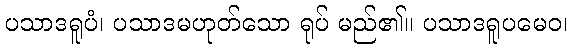
ပသာဒရူပံ၊ ပသာဒမဟုတ်သော ရုပ် မည်၏။ ပသာဒရူပမေဝ၊